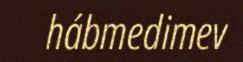
hábmedimev